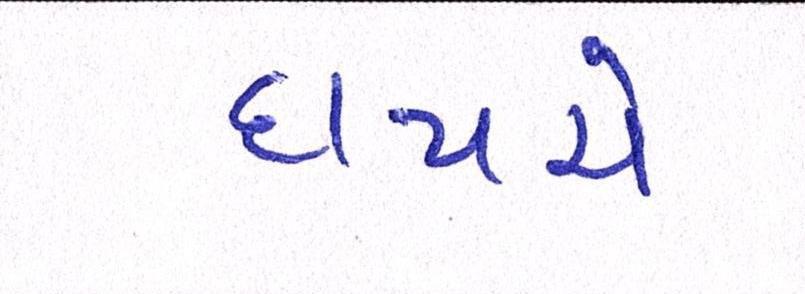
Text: દાયચે